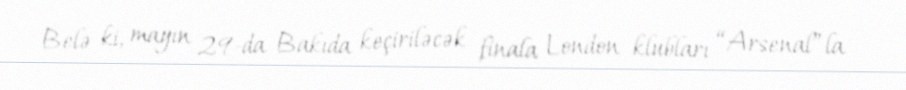
Belə ki, mayın 29-da Bakıda keçiriləcək finala London klubları “Arsenal”la